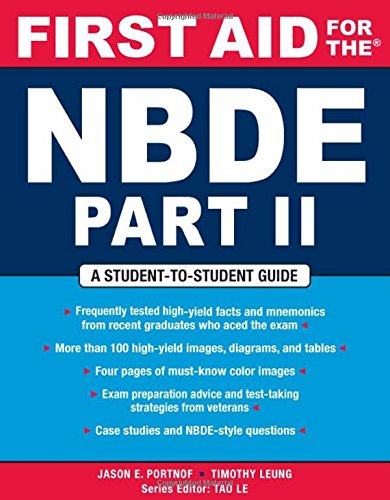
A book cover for First Aid for the NBDE Part II (First Aid Series) (Pt. 2); Jason Portnof; Medical Books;